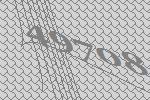
49708